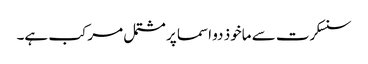
سنسکرت سے ماخوذ دو اسما پر مشتمل مرکب ہے۔